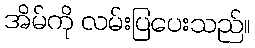
အိမ်ကို လမ်းပြပေးသည်။